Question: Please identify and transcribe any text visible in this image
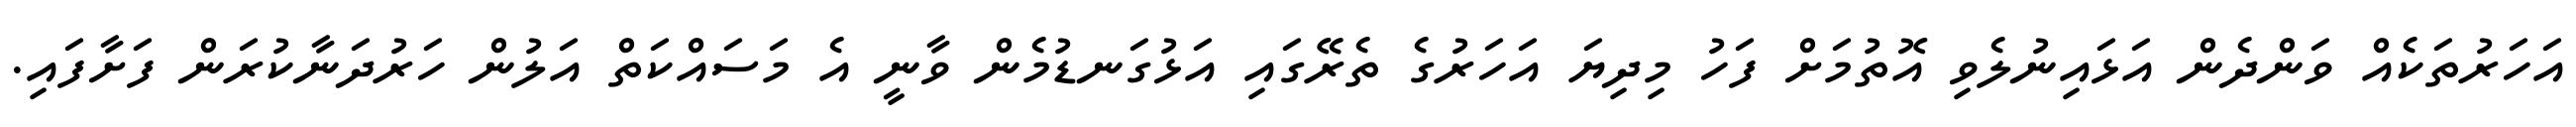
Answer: އަހަރުތަކެއް ވަންދެން އަޅައިނުލެވި އޮތުމަށް ފަހު މިދިޔަ އަހަރުގެ ތެރޭގައި އަޅުގަނޑުމެން ވާނީ އެ މަސައްކަތް އަލުން ހަރުދަނާކުރަން ފަށާފައި.